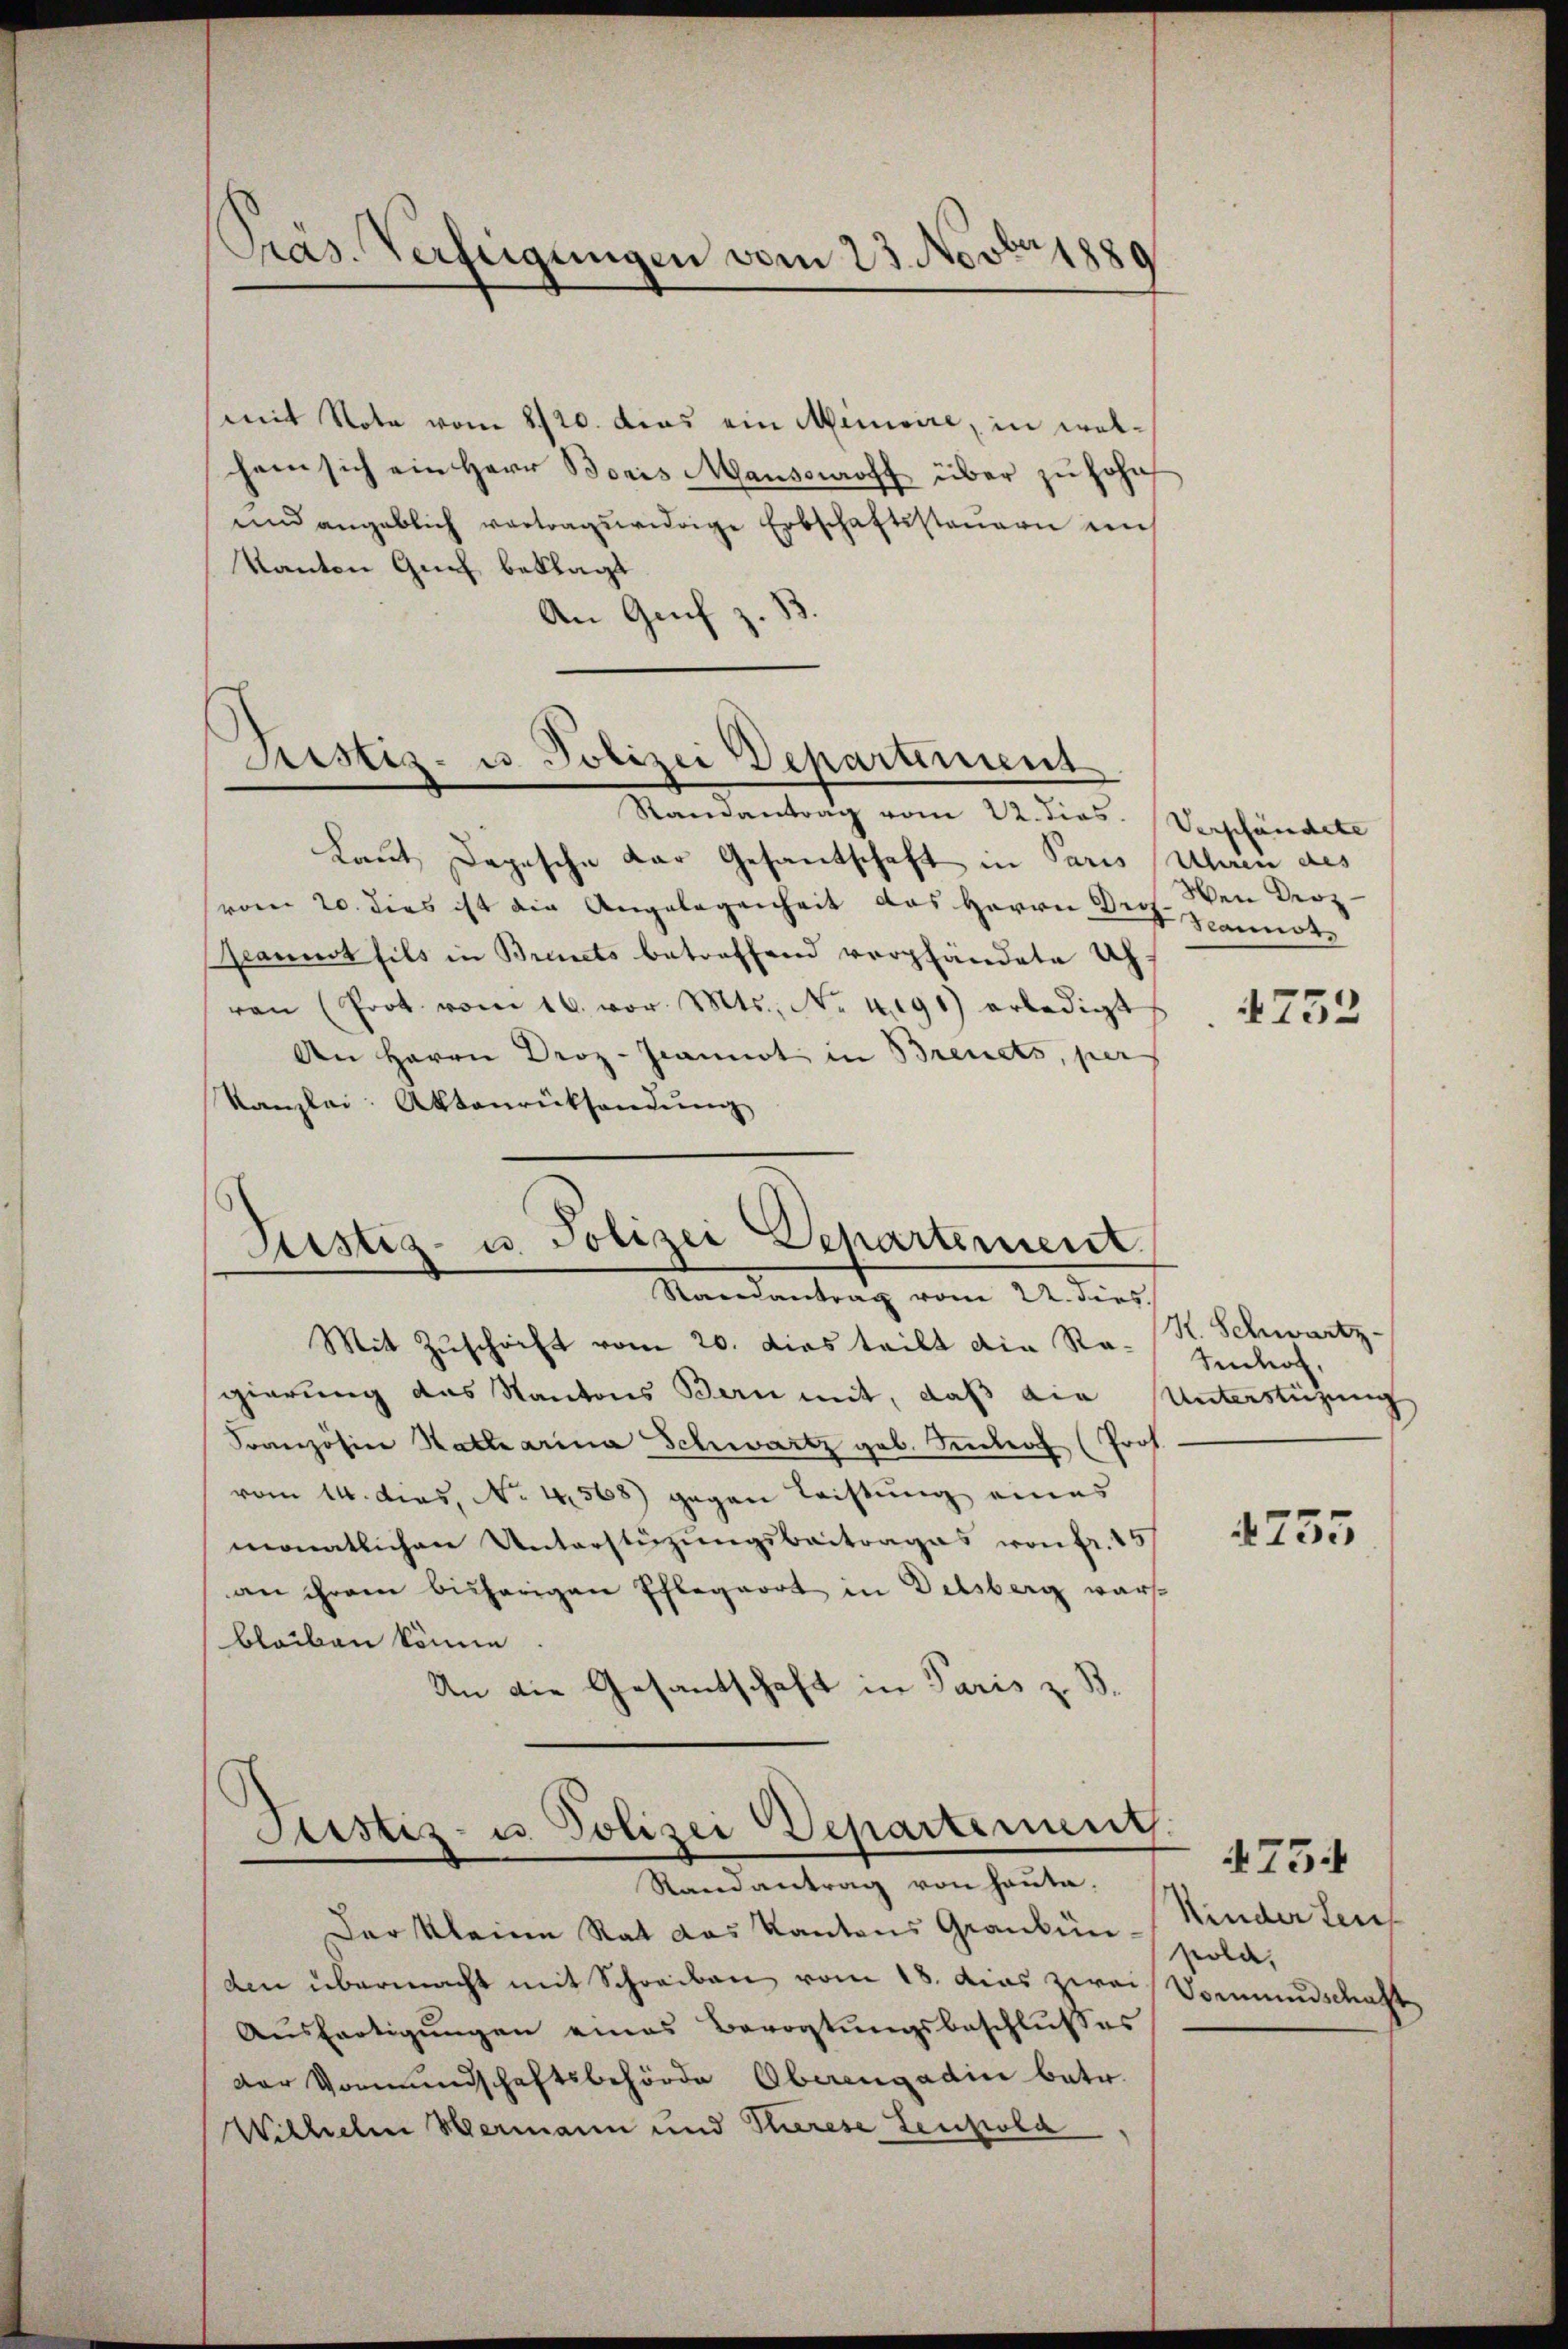
Präs. Verfeigungen vom 23. Novbr 1889

mit Nota vom 2120. das ein Minisire, in welchem sich ein Herr Boris Mausseroff über zu hohe
und angeblich vertragswidrige Erbschaftssteuern in
Kanton Gut beklagt
An Genf z.

Laut Depesche der Gesantschaft in Paris Main des
vom 20. dies ist die Angelegenheit das Herrn Deczemote
camnt fils in Brinets betreffend verpfändete Uhren (Prot. vom 16. vor. Mts., No. 4191) erledigt
An Herrn Droz-Jeannst in Breuets, per
Kanzlei: Aktenrücksendŭng
Mit Zuschrift vom 20. dies teilt die Ragierung des Kantons Bern mit, daß die
Sonzösier Katharina Schwartz geb. Inter (Prof.
vom 14. dies, No. 4568) gegen Leistung eines
monatlichen Unterstüzungsbeitrages von fr. 15
an ihrem bisherigen Pflegart in Delsberg wars
bleiben könne
An die Gesandschaft in Paris z. B

Justiz- u Polizei Departement
Randantrag vom 22. dies. Verpfändete

Sistiz- u. Polizei Separtement
Randantrag vom 22. dies

Justiz- u. Polizei Departement.
Randantrag von Hauta.

Der kleine Rat das Kantons Graubün¬
Aen übermacht mit Schreiben vom 18. dies zwei Vormundschaft
Aŭsfertigŭngen eines Bevogtŭngsbeschlŭsses
Der Vormundschaftsbehörde Oberengadin betr.
Wilhelm Hermann und Plurese Lenpold

Wen Droz

4752

R. Schwartz
tihof,
Unterstüzung

4755

4754
Kindertens
pold,